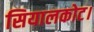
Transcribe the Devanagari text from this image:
सियालकोट।